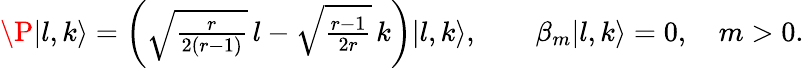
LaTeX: \P|l,k\rangle=\left(\sqrt{\textstyle{\frac{r}{2(r-1)}}}\, l-\sqrt{\textstyle{\frac{r-1}{2r}}}\, k\right)|l,k\rangle,\qquad\beta_{m}|l,k\rangle=0,\quad m>0.